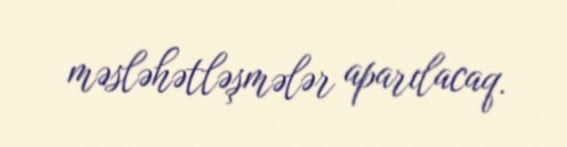
məsləhətləşmələr aparılacaq.